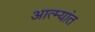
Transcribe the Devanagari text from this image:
आत्म्यांत